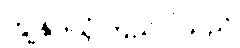
ကျွန်ုပ်ယုံကြည်ပါသည်